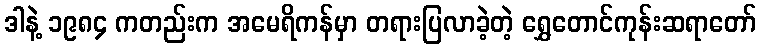
ဒါနဲ့ ၁၉၈၄ ကတည်းက အမေရိကန်မှာ တရားပြလာခဲ့တဲ့ ရွှေတောင်ကုန်းဆရာတော်